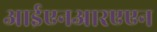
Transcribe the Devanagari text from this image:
आईएनआरएएन